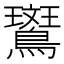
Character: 𬷱